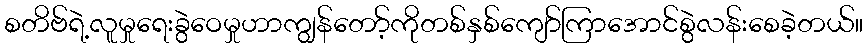
စတိဗ်ရဲ့လူမှုရေးခွဲဝေမှုဟာကျွန်တော့်ကိုတစ်နှစ်ကျော်ကြာအောင်စွဲလန်းစေခဲ့တယ်။